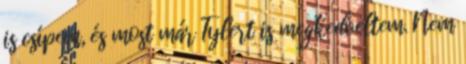
is csípem, és most már Tylert is megkedveltem. Nem